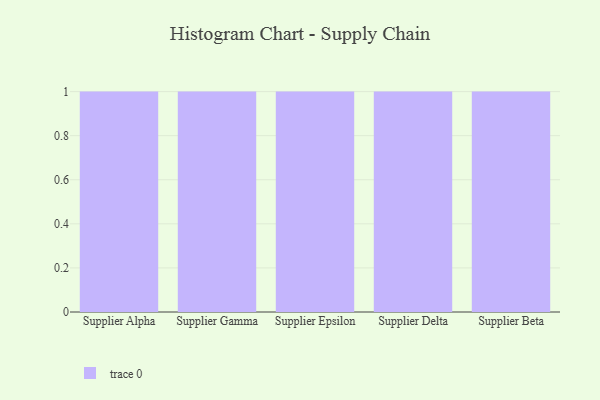
{"axis": {"x": "Supplier", "y": "Conversion Rate (%)"}, "legend": [""], "data": [{"x": "Supplier Alpha", "y": 53, "type": ""}, {"x": "Supplier Gamma", "y": 97, "type": ""}, {"x": "Supplier Epsilon", "y": 34, "type": ""}, {"x": "Supplier Delta", "y": 70, "type": ""}, {"x": "Supplier Beta", "y": 38, "type": ""}]}